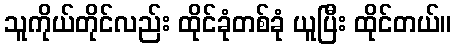
သူကိုယ်တိုင်လည်း ထိုင်ခုံတစ်ခုံ ယူပြီး ထိုင်တယ်။